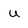
Character: U